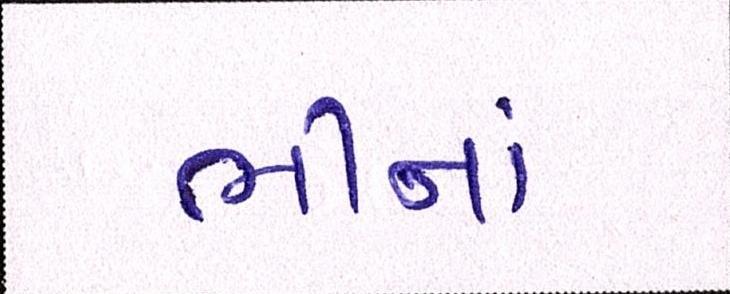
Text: ભીનાં